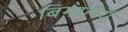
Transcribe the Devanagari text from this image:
बिमारियँ